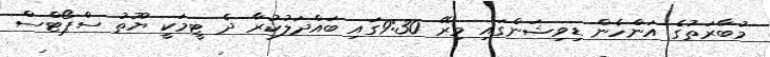
މުބާރަތުގެ އަންހެން ޑިވިޝަންގައި މިރޭ 9:30ގައި ބައްދަލުކުރާ ދެ ޓީމަކީ ޔޫތު ސްޕޯޓްސް